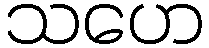
သဟေ